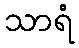
သာရံ